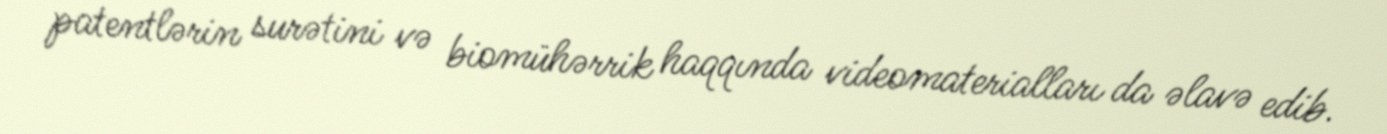
patentlərin surətini və biomühərrik haqqında videomaterialları da əlavə edib.